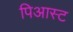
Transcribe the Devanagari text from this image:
पिआस्ट